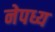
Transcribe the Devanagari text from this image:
नेपध्य